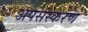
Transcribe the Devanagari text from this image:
अपसंस्करण